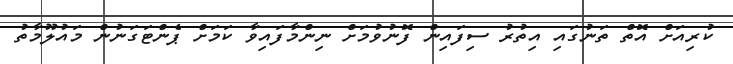
ކުރިއަށް އޮތް ތަނުގައި އިތުރު ސިފައިން ފޮނުވުމަށް ނިންމާފައިވާ ކަމަށް ޕެންޓަގަނުން މައުލޫމާތު